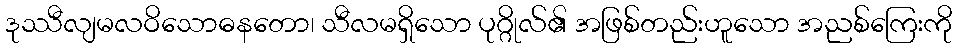
ဒုဿီလျမလဝိသောဓနတော၊ သီလမရှိသော ပုဂ္ဂိုလ်၏ အဖြစ်တည်းဟူသော အညစ်ကြေးကို